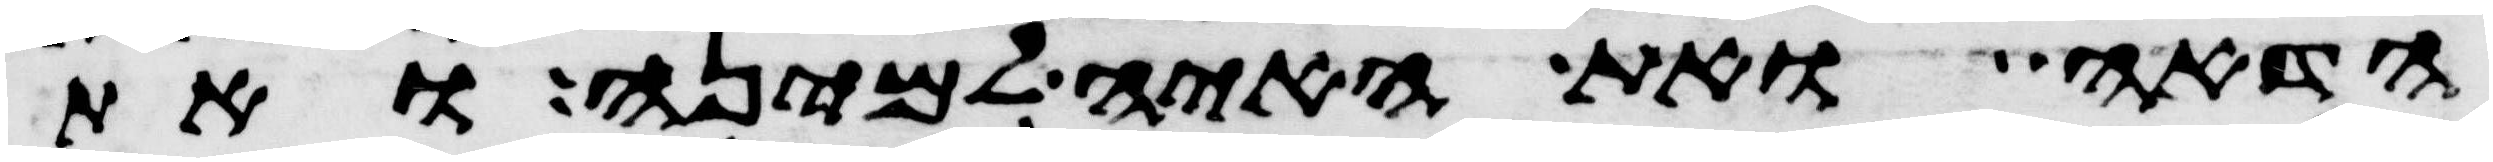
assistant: הדאה ואת האיה למינה ואת